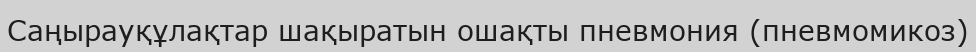
Саңырауқұлақтар шақыратын ошақты пневмония (пневмомикоз)